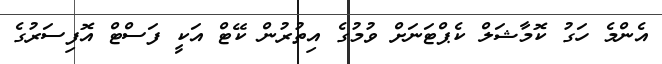
އެންމެ ހަގު ކޮމާޝަލް ކެޕްޓަނަށް ވުމުގެ އިތުރުން ކޭޓް އަކީ ފަސްޓް އޮފިސަރުގެ